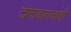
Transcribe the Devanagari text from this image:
कलादालनांची